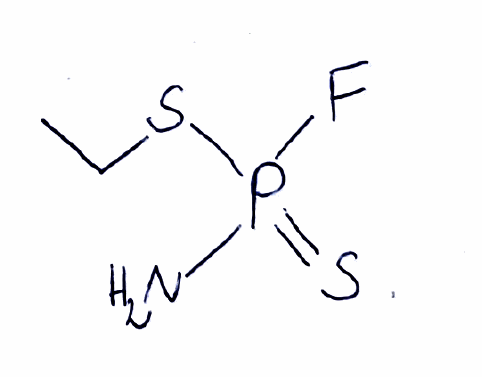
Simplified molecular-input line-entry system (SMILES) notation of the given molecule:
CCSP(=S)(N)F